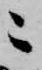
ニ